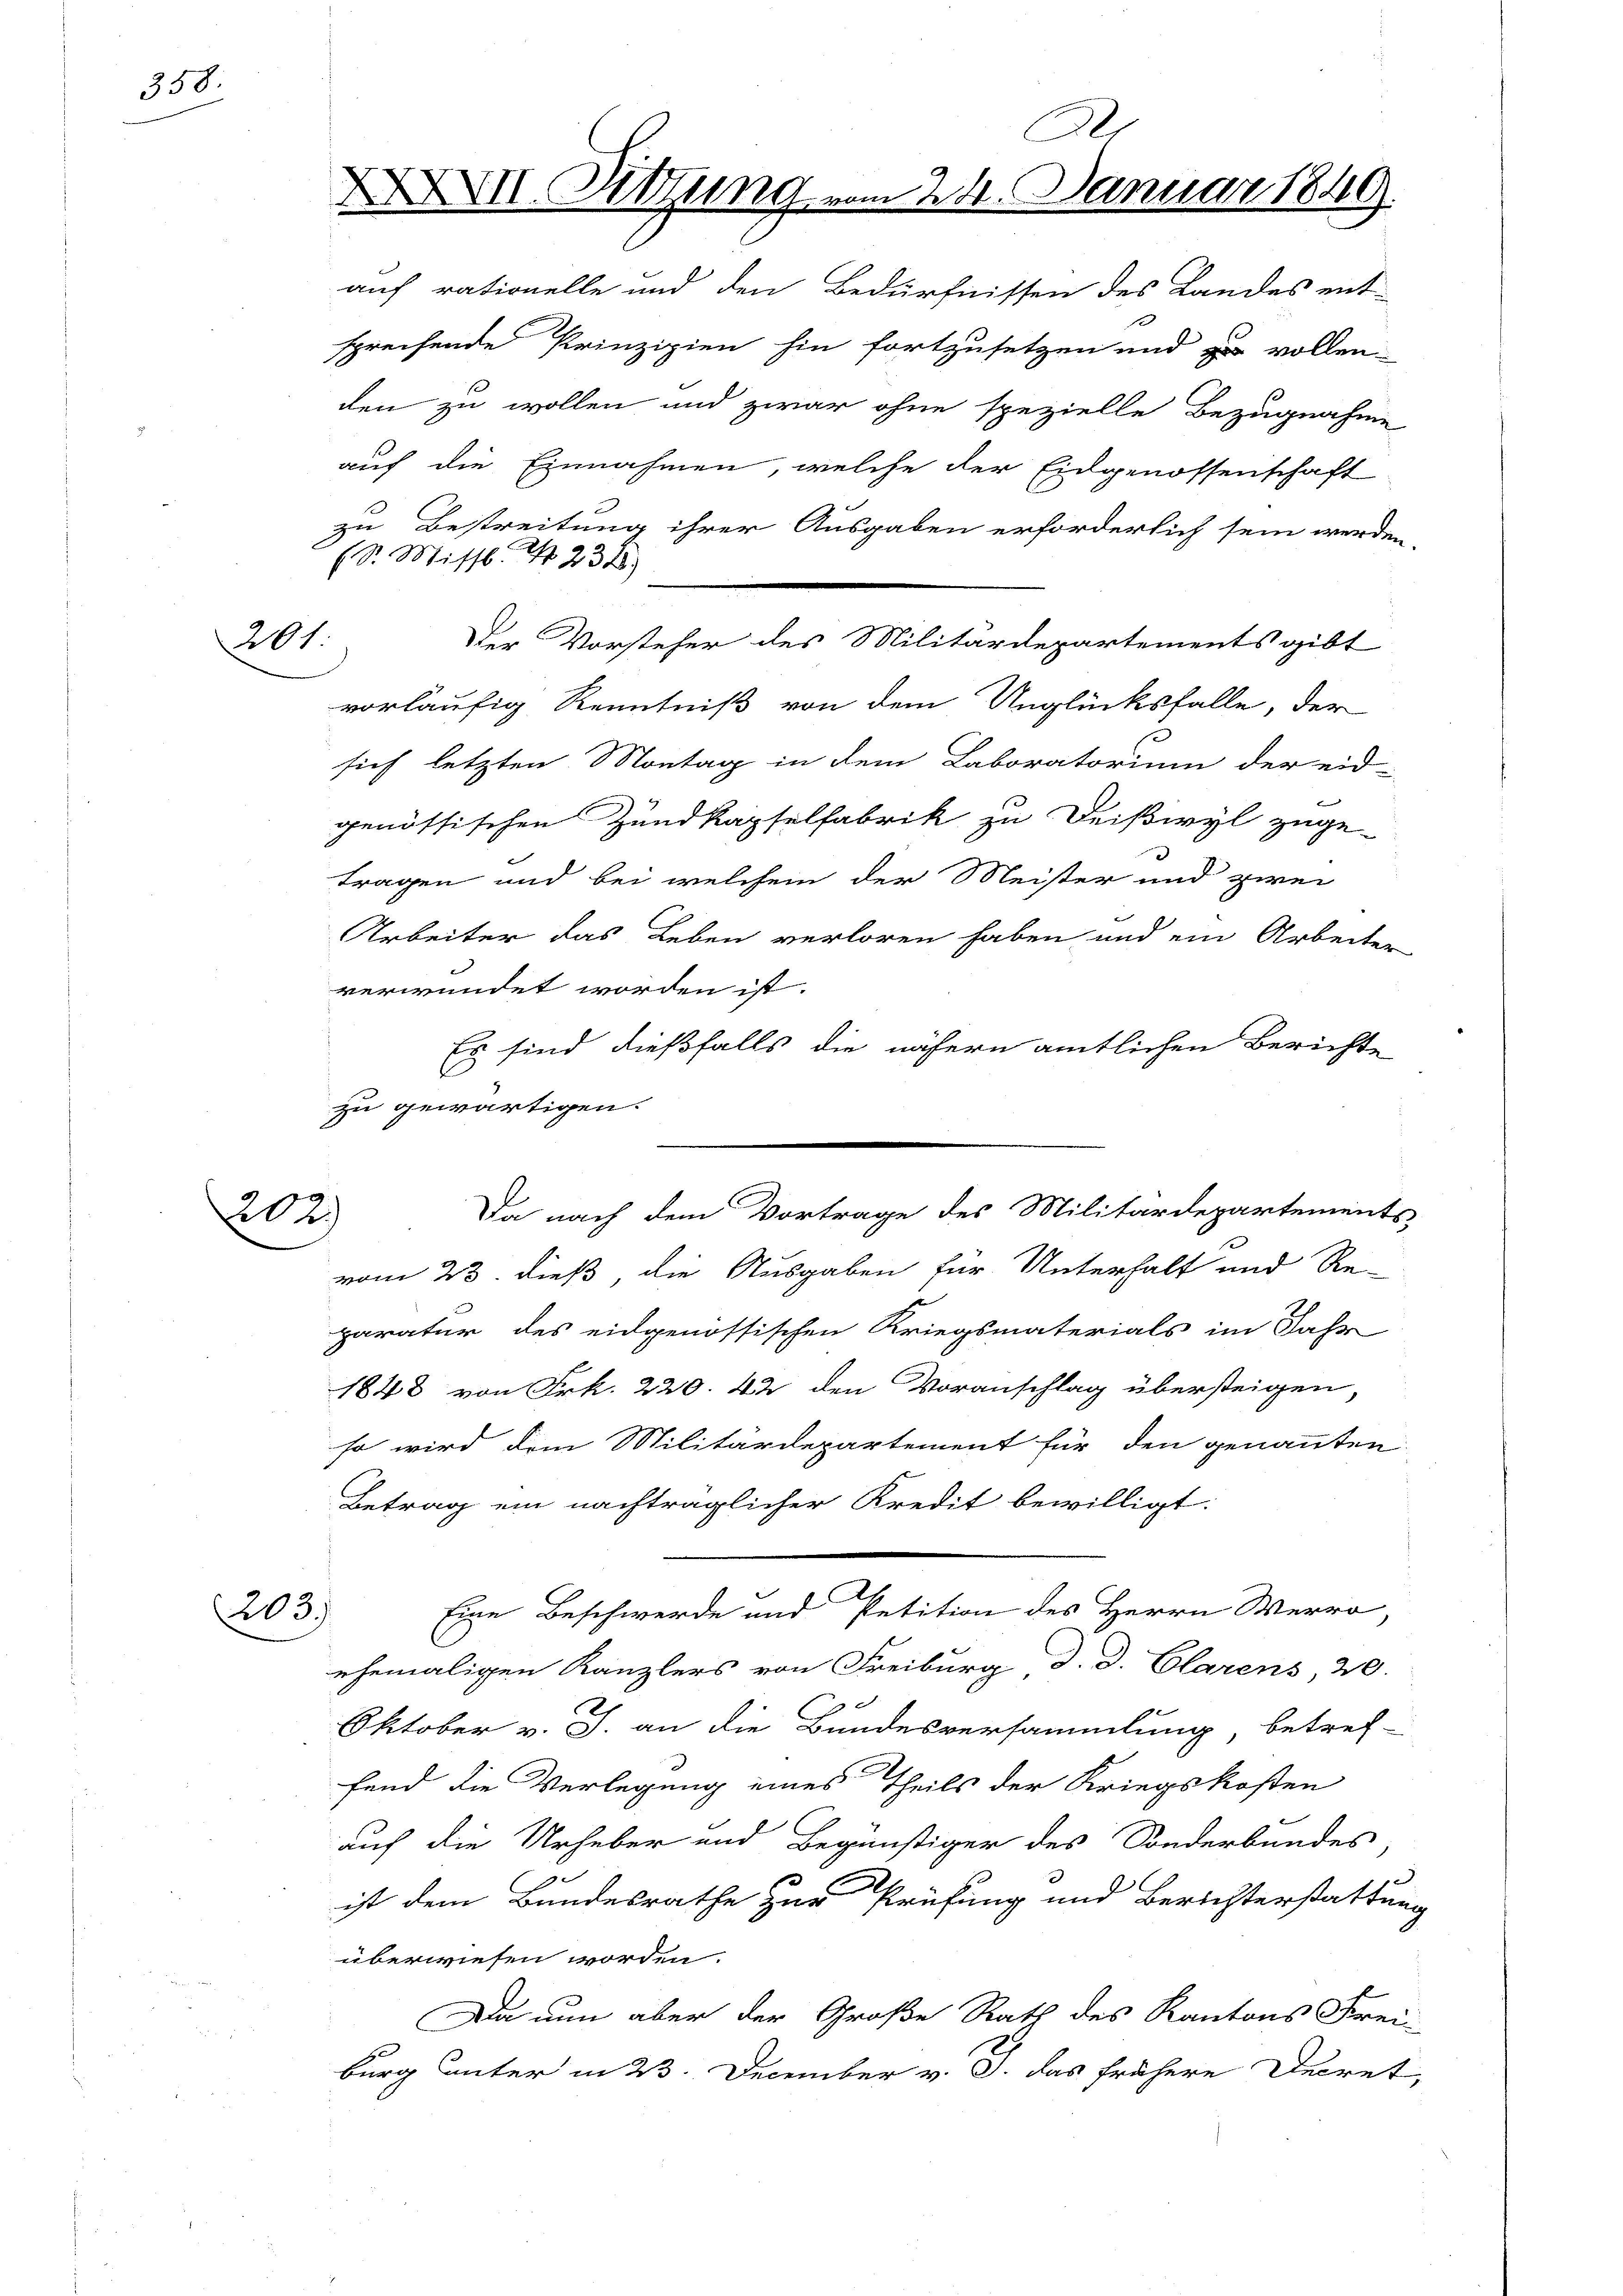
358.

201.

202)

203.

XXXVII. Sitzung

(S. Missb. S. 231)

auf rationelle und den Bedürfnissen des Landes ent-
sprechende Prinzipien hin fortzusetzen und zu vollen
den zu wollen und zwar ohne spezielle Bezugnahme
auf die Einnahmen, welche der Eidgenossenschaft
zu Bestreitung ihrer Ausgaben erforderlich sein werden.
vorläufig Kenntniß von dem Unglücksfalle, der
sich letzten Montag in dem Laboratorium der eid-
genössischen Zundkapselfabrik zu Deißwyl zuge-
tragen und bei welchem der Meister und zwei
Arbeiter das Leben verloren haben und ein Arbeiter
verwundet worden ist.
s sind dießfalls die nähern amtlichen Berichte
zu gewärtigen.
vom 23. dieß, die Ausgaben für Unterhalt und Re-
paratur des eidgenössischen Kriegsmaterials im Jahr
1848 von Frk. 220. 42 den Voranschlag übersteigen,
so wird dem Militärdepartement für den genannten
Betrag ein nachträglicher Kredit bewilligt:
2
Eine Beschwerde und Petition des Herrn Werro,
ehemaligen Kanzlers von Freiburg d. d. Clarens 20.
g
s
Oktober v. J. an die Bundesversammlung, betref-
fend die Verlegung eines Theils der Kriegskosten
auf die Urheber und Begünstiger des Sonderbundes
ist dem Bundesrathe zur Prüfung und Berichterstattung
überwiesen worden.
Da nun aber der Große Rath des Kantons Frei-
burg unter in 23. December v. J. das frühere Decret

A
224. Januar 1849.

Der Vorsteher des Militärdepartements gibt

Da nach dem Vortrage des Militärdepartements-